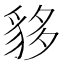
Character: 𧳁